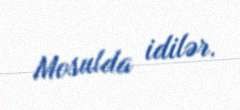
Mosulda idilər.